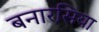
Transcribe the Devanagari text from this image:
बनारसिया